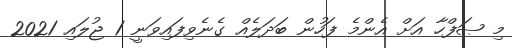
މި ޞަފްހާ އަށް އެންމެ ފަހުން ބަދަލެއް ގެނެވިފައިވަނީ 1 ޖުލައި 2021